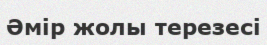
Әмір жолы терезесі